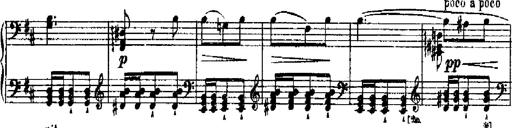
Title: RÃ©miniscences de Robert le diable
Composer: Franz Liszt